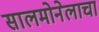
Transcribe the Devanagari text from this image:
सालमोनेलाचा